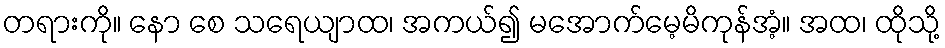
တရားကို။ နော စေ သရေယျာထ၊ အကယ်၍ မအောက်မေ့မိကုန်အံ့။ အထ၊ ထိုသို့